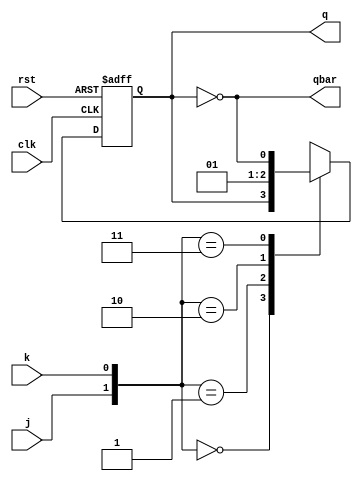
module jkff (j,k,clk,rst,q,qbar);
input j,k,clk,rst;
output q,qbar;
reg q;
wire qbar;
assign qbar = ~q;
always @ (posedge clk or posedge rst)
begin
if (rst)
    q<=1'b0;
else
begin
case({j,k})
        2'b00:q<=q;
        2'b01:q<=1'b0;
        2'b10:q<=1'b1;
        2'b11:q<=~q;
endcase
end
end
endmodule